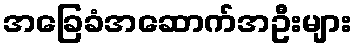
အခြေခံအဆောက်အဦးများ